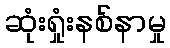
ဆုံးရှုံးနစ်နာမှု